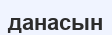
данасын